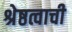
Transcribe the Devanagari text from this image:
श्रेष्ठत्वाची